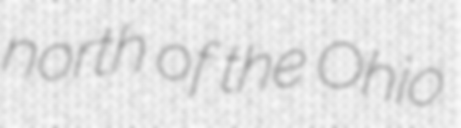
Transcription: north of the Ohio